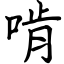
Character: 啃